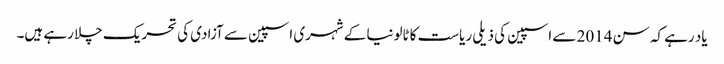
یاد رہے کہ سن 2014 سے اسپین کی ذیلی ریاست کاٹالونیا کے شہری اسپین سے آزادی کی تحریک چلا رہے ہیں۔